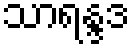
သာရန္ဒဒ